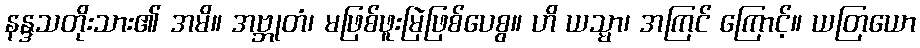
နန္ဒသတိုးသား၏ အမိ။ အဗ္ဘုတံ၊ မဖြစ်ဖူးမြဲဖြစ်ပေစွ။ ဟိ ယသ္မာ၊ အကြင် ကြောင့်။ ယတြယော